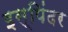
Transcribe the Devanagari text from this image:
इस्पिंदर